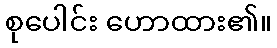
စုပေါင်း ဟောထား၏။